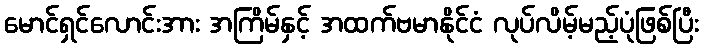
မောင်ရှင်လောင်းအား အကြိမ်နှင့် အထက်ဗမာနိုင်ငံ လုပ်လိမ့်မည့်ပုံဖြစ်ပြီး